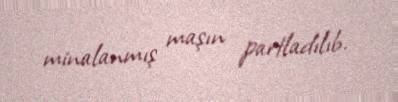
minalanmış maşın partladılıb.